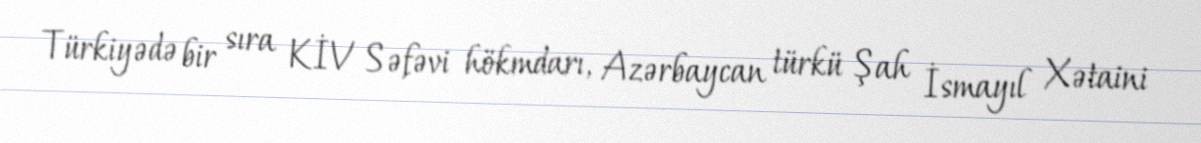
Türkiyədə bir sıra KİV Səfəvi hökmdarı, Azərbaycan türkü Şah İsmayıl Xətaini